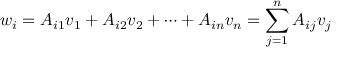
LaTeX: w _ { i } = A _ { i 1 } v _ { 1 } + A _ { i 2 } v _ { 2 } + \cdots + A _ { i n } v _ { n } = \sum _ { j = 1 } ^ { n } A _ { i j } v _ { j }